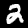
Digit: 2